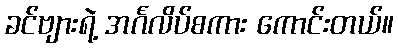
ခင်ဗျားရဲ့ အင်္ဂလိပ်စကား ကောင်းတယ်။